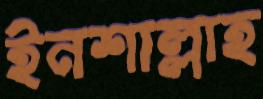
ইনশাল্লাহ